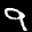
Label: 9